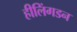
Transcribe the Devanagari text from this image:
हीलिंगडन